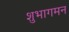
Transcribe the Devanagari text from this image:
शुभागमन